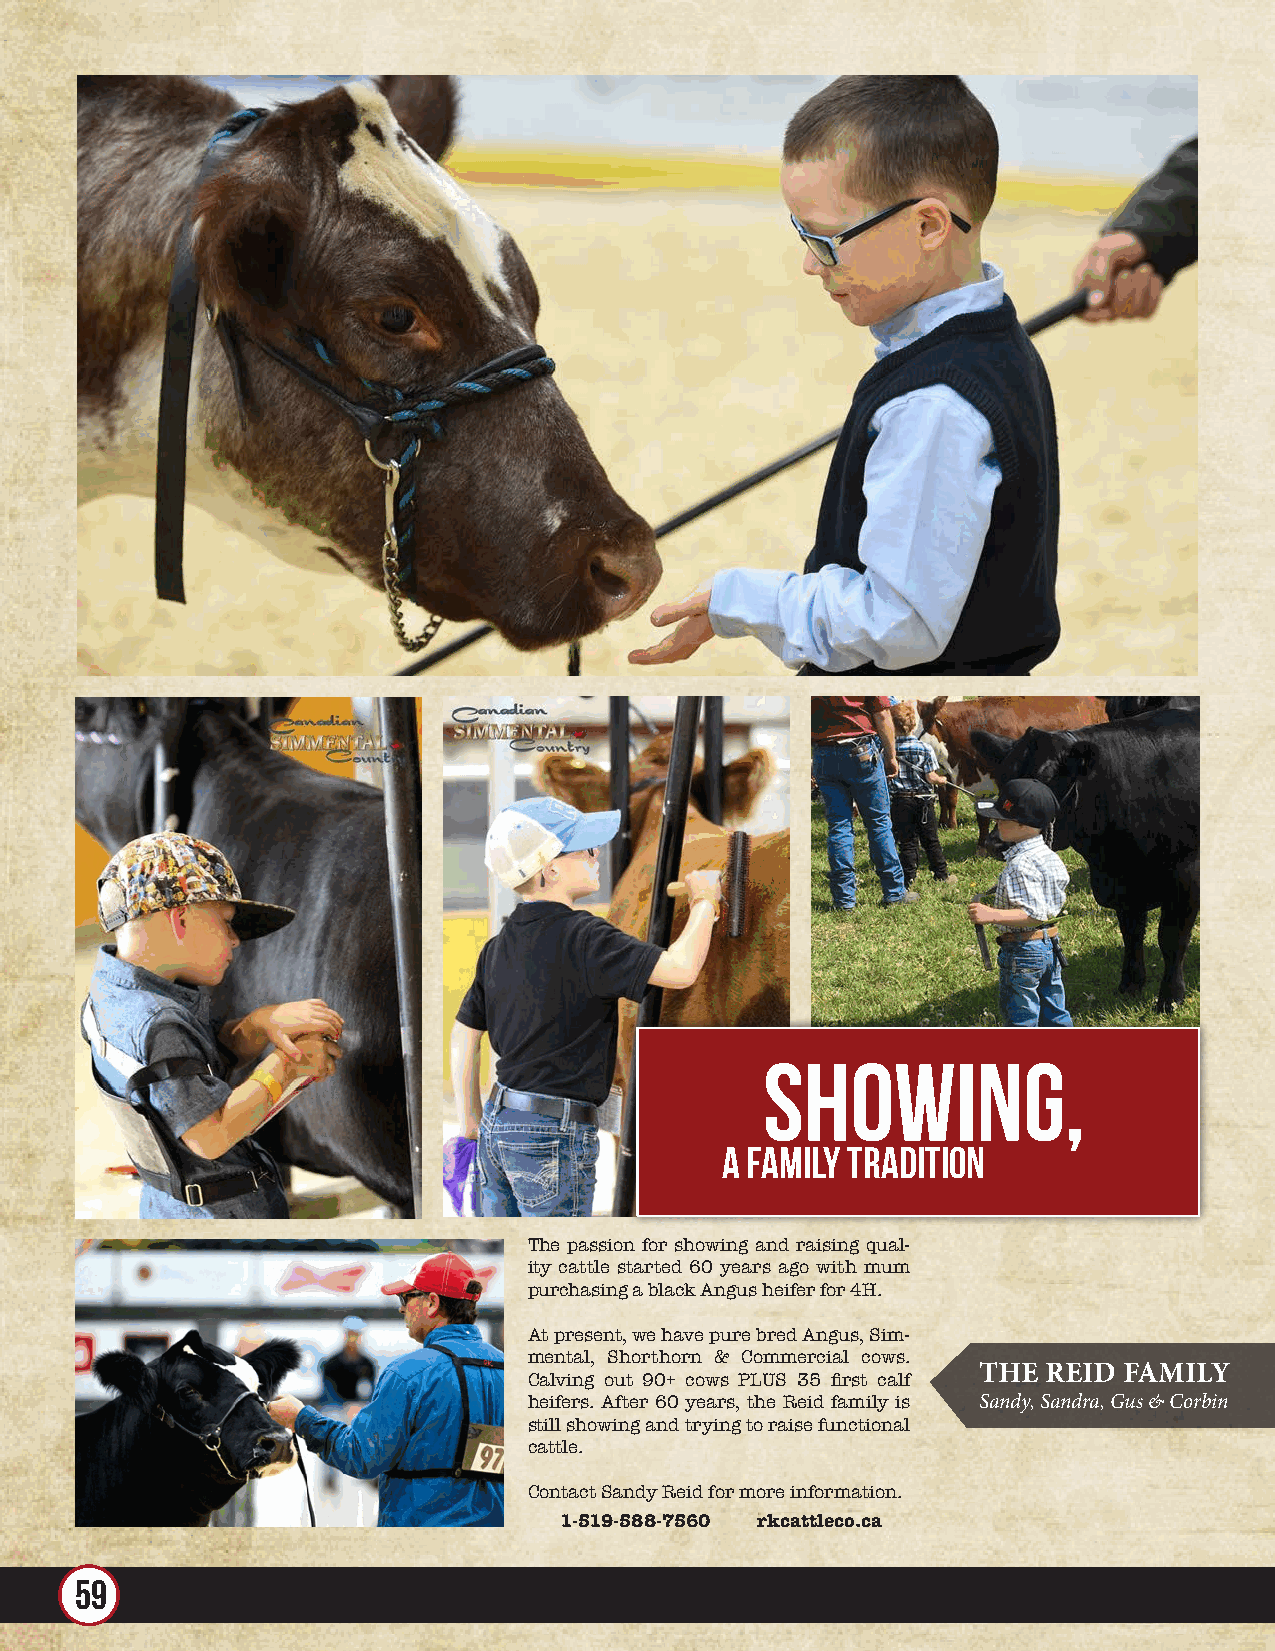
Showing,
 a family tradition
 The passion for showing and raising qual-
 ity cattle started 60 years ago with mum
 purchasing a black Angus heifer for 4H.
 At present, we have pure bred Angus, Sim-
 mental, Shorthorn & Commercial cows.
 THE REID FAMILY
 Calving out 90+ cows PLUS 35 first calf
 heifers. After 60 years, the Reid family is Sandy, Sandra, Gus & Corbin
 still showing and trying to raise functional
 cattle.
 Contact Sandy Reid for more information.
 1-519-588-7560 rkcattleco.ca
 59